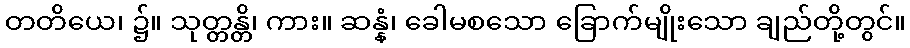
တတိယေ၊ ၌။ သုတ္တန္တိ၊ ကား။ ဆန္နံ၊ ခေါမစသော ခြောက်မျိုးသော ချည်တို့တွင်။